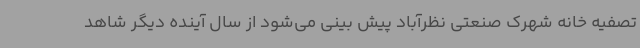
تصفیه خانه شهرک صنعتی نظرآباد پیش بینی می‌شود از سال آینده دیگر شاهد